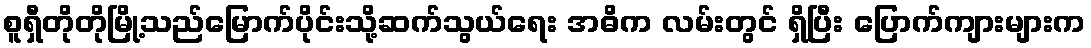
စူရှီတိုတိုမြို့သည်မြောက်ပိုင်းသို့ဆက်သွယ်ရေး အဓိက လမ်းတွင် ရှိပြီး ပြောက်ကျားများက